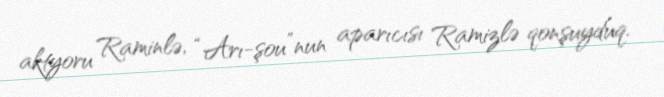
aktyoru Raminlə, “Arı-şou”nun aparıcısı Ramizlə qonşuyduq.